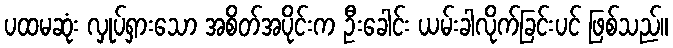
ပထမဆုံး လှုပ်ရှားသော အစိတ်အပိုင်းက ဦးခေါင်း ယမ်းခါလိုက်ခြင်းပင် ဖြစ်သည်။